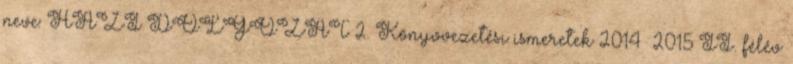
neve: HÁZI DOLGOZAT 2. Könyvvezetési ismeretek 2014 2015 II. félév